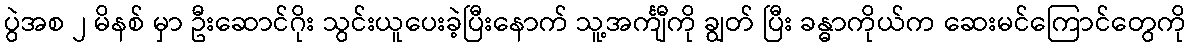
ပွဲအစ ၂ မိနစ် မှာ ဦးဆောင်ဂိုး သွင်းယူပေးခဲ့ပြီးနောက် သူ့အင်္ကျီကို ချွတ် ပြီး ခန္ဓာကိုယ်က ဆေးမင်ကြောင်တွေကို